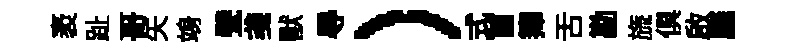
袤趾哥矢竧甓戔獸㝵）式首籜舌勘旒俱啟廱